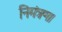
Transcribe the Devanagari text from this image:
निमंत्रण।